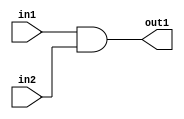
module AND(in1, in2, out1);
    input in1, in2;
    output out1;
    wire in1, in2, out1;
    assign out1 = in1 & in2;
endmodule

module NOT(in1, out1);
    input in1;
    output out1;
    wire in1,out1;
    assign out1 = ~in1;
endmodule

module OR(in1,in2,out1);
    input in1,in2;
    output out1;
    wire in1, in2, out1;
    assign out1 = in1 | in2;
endmodule